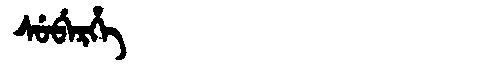
Manchu: ᠰᡠᠪᡝᡵᡥᡝ
Romanization: SUBERHE